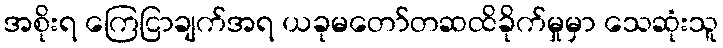
အစိုးရ ကြေငြာချက်အရ ယခုမတော်တဆထိခိုက်မှုမှာ သေဆုံးသူ